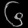
Digit: ၆